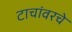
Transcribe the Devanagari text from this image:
टाचांवरचे